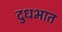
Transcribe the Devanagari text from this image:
दुधभात